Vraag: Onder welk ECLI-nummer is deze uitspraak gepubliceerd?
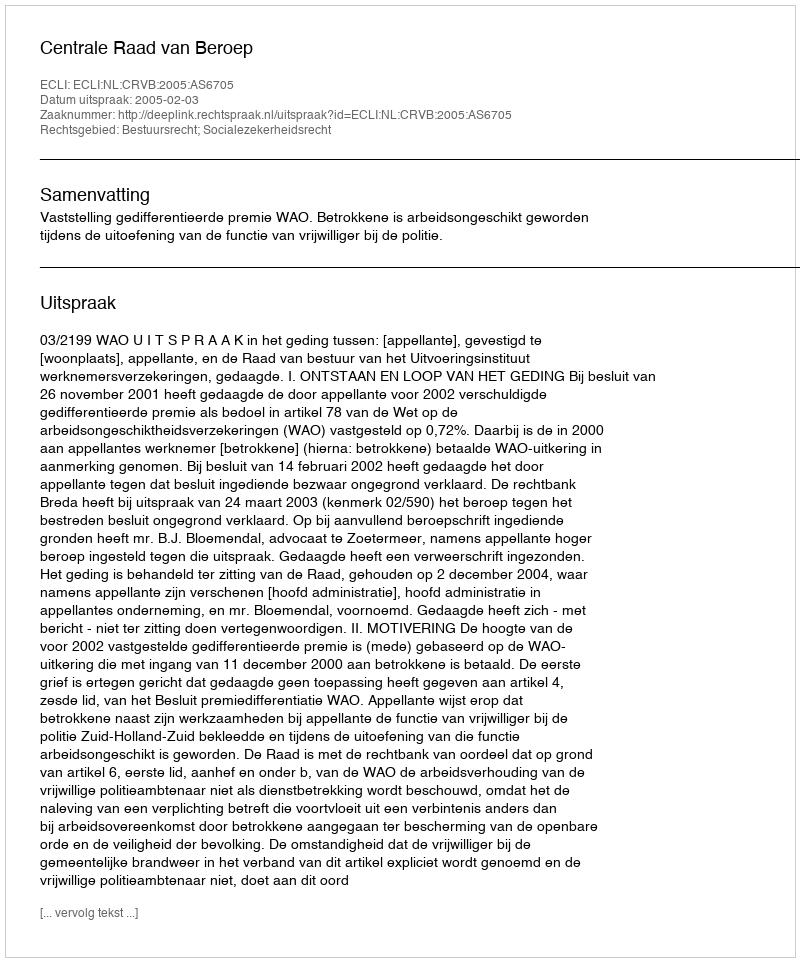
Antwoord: ECLI:NL:CRVB:2005:AS6705